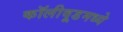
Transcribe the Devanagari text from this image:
कॉलीवूडमध्ये